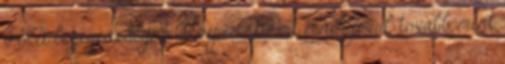
Föld legegészségesebb népei - Ezért élnek jóval tovább, mint